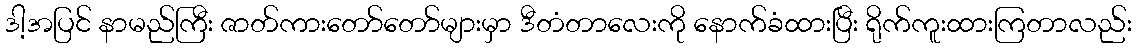
ဒါ့အပြင် နာမည်ကြီး ဇာတ်ကားတော်တော်များမှာ ဒီတံတာလေးကို နောက်ခံထားပြီး ရိုက်ကူးထားကြတာလည်း